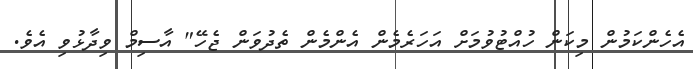
އެހެންކަމުން މިކަން ހުއްޓުވުމަށް އަހަރެމެން އެންމެން ތެދުވަން ޖެހޭ" އާސިމް ވިދާޅުވި އެވެ.